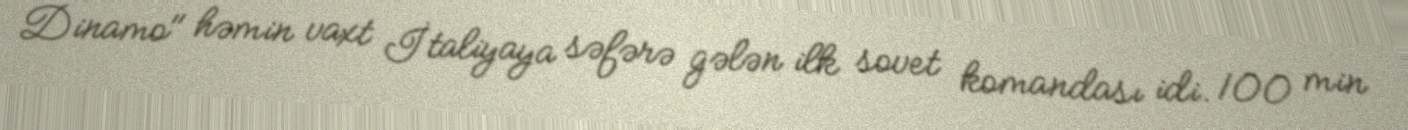
Dinamo" həmin vaxt İtaliyaya səfərə gələn ilk sovet komandası idi. 100 min